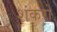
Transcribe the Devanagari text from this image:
शंकरो